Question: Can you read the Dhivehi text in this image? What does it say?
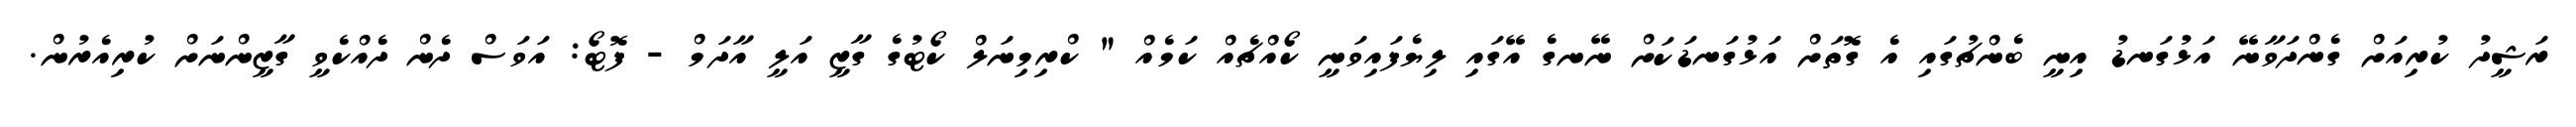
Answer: ރަޝީދު ކުރިއަށް ގެންދަވާނޭ އަޅުގަނޑު އިނީ ބެންޗުގައި އެ ގޮތަށް އަޅުގަނޑަކަށް ނޭނގެ އޭގައި ލިޔެފައިވަނީ ކޯއްޗެއް ކަމެއް " ކްރިމިނަލް ކޯޓުގެ ގާޒީ އަލީ އާދަމް - ފޮޓޯ: އަވަސް ދެން ދެއްކެވީ ގާޒީންނަށް ކުރިއެރުން.